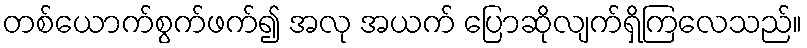
တစ်ယောက်စွက်ဖက်၍ အလု အယက် ပြောဆိုလျက်ရှိကြလေသည်။